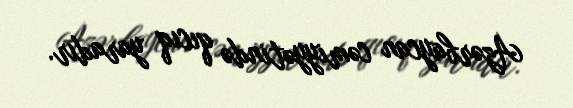
Azərbaycan cəmiyyətində qıcıq yaradır.